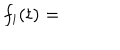
f _ { i } ( t ) =